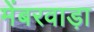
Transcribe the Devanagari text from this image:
मेंबरवाड़ा